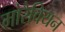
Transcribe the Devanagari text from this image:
मोरैवियन